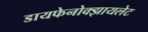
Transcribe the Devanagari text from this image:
डायफेनोक्झायलेट